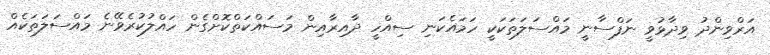
އަރްވިންދު ވިދާޅުވީ ނަފްސާނީ މައްސަލަތަކަކީ ހަމައެކަނި ސިއްހީ ދާއިރާއިން މަސައްކަތްކޮށްގެން ހައްލުކުރެވޭނެ މައްސަލަތަކެއް